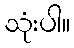
သုံးပါ။